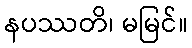
နပဿတိ၊ မမြင်။